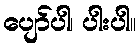
ပျော်ပါ၊ ပါးပါ။